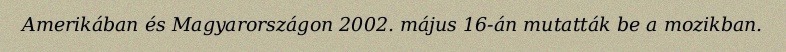
Amerikában és Magyarországon 2002. május 16-án mutatták be a mozikban.